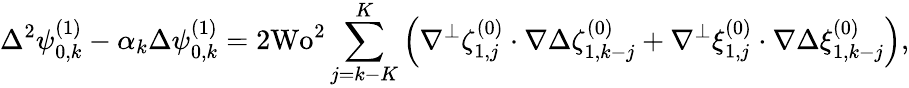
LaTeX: \Delta^{2}\psi_{0,k}^{(1)}-\alpha_{k}\Delta\psi_{0,k}^{(1)}=2\textrm{Wo}^{2}\sum_{j=k-K}^{K}\left(\nabla^{\perp}\zeta_{1,j}^{(0)}\cdot\nabla\Delta\zeta_{1,k-j}^{(0)}+\nabla^{\perp}\xi_{1,j}^{(0)}\cdot\nabla\Delta\xi_{1,k-j}^{(0)}\right),